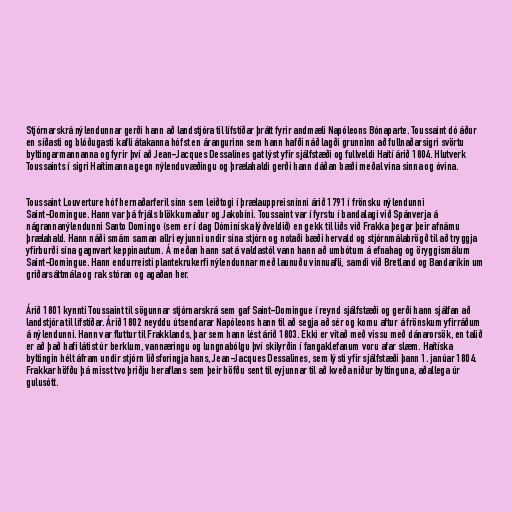
Stjórnarskrá nýlendunnar gerði hann að landstjóra til lífstíðar þrátt fyrir andmæli Napóleons Bónaparte. Toussaint dó áður
en síðasti og blóðugasti kafli átakanna hófst en árangurinn sem hann hafði náð lagði grunninn að fullnaðarsigri svörtu
byltingarmannanna og fyrir því að Jean-Jacques Dessalines gat lýst yfir sjálfstæði og fullveldi Haítí árið 1804. Hlutverk
Toussaints í sigri Haítimanna gegn nýlenduvæðingu og þrælahaldi gerði hann dáðan bæði meðal vina sinna og óvina.

Toussaint Louverture hóf hernaðarferil sinn sem leiðtogi í þrælauppreisninni árið 1791 í frönsku nýlendunni
Saint-Domingue. Hann var þá frjáls blökkumaður og Jakobíni. Toussaint var í fyrstu í bandalagi við Spánverja á
nágrannanýlendunni Santo Domingo (sem er í dag Dóminíska lýðveldið) en gekk til liðs við Frakka þegar þeir afnámu
þrælahald. Hann náði smám saman allri eyjunni undir sína stjórn og notaði bæði hervald og stjórnmálabrögð til að tryggja
yfirburði sína gagnvart keppinautum. Á meðan hann sat á valdastól vann hann að umbótum á efnahag og öryggismálum
Saint-Domingue. Hann endurreisti plantekrukerfi nýlendunnar með launuðu vinnuafli, samdi við Bretland og Bandaríkin um
griðarsáttmála og rak stóran og agaðan her.

Árið 1801 kynnti Toussaint til sögunnar stjórnarskrá sem gaf Saint-Domingue í reynd sjálfstæði og gerði hann sjálfan að
landstjóra til lífstíðar. Árið 1802 neyddu útsendarar Napóleons hann til að segja að sér og komu aftur á frönskum yfirráðum
á nýlendunni. Hann var fluttur til Frakklands, þar sem hann lést árið 1803. Ekki er vitað með vissu með dánarorsök, en talið
er að það hafi látist úr berklum, vannæringu og lungnabólgu því skilyrðin í fangaklefanum voru afar slæm. Haítíska
byltingin hélt áfram undir stjórn liðsforingja hans, Jean-Jacques Dessalines, sem lýsti yfir sjálfstæði þann 1. janúar 1804.
Frakkar höfðu þá misst tvo þriðju heraflans sem þeir höfðu sent til eyjunnar til að kveða niður byltinguna, aðallega úr
gulusótt.